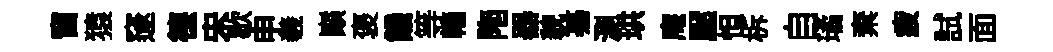
窗猿邃德宋歇申羲巔褒饑等轖陁器貌驀測珙庵壓怛柝自璚棄疲試面